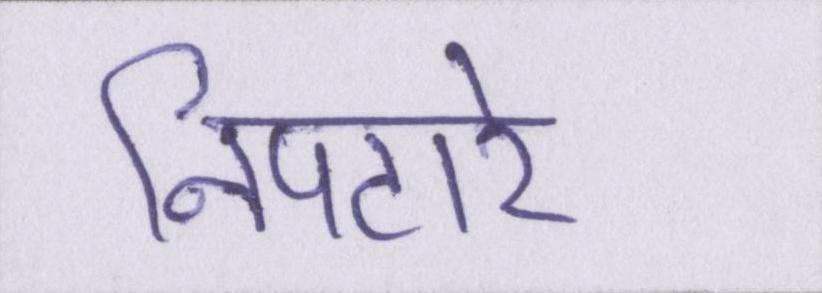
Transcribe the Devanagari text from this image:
निपटारे